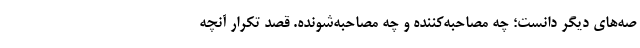
صه‌های دیگر دانست؛ چه مصاحبه‌کننده و چه مصاحبه‌شونده. قصد تکرار آنچه